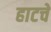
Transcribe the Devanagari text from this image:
हाटचे